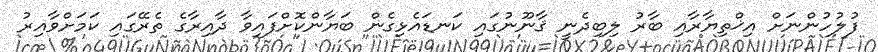
ފުލުހުންނަށް އިޚްތިޔާރާއި ބާރު ލިބިދެނީ ޤާނޫނުގައި ކަނޑައެޅިގެން ބަޔާންކޮށްފައިވާ ދާއިރާގެ ތެރޭގައި ކަމަށްވާއިރު